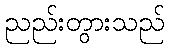
ညည်းတွားသည်